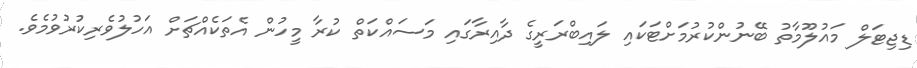
ޑިޖިޓަލް މައުލޫމާތު ބޭނުންކުރުމަށްޓަކައި ލައިބްރަރީގެ ދާއިރާގައި މަސައްކަތް ކުރާ މީހުން އެތަކެއްޗަށް އަހުލުވެރިކުރުވުމެވެ.